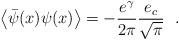
LaTeX: \begin{align*}\left< \bar\psi(x)\psi(x)\right>=-\frac{e^\gamma}{2\pi}\frac{e_c}{\sqrt{\pi}}~~.\end{align*}